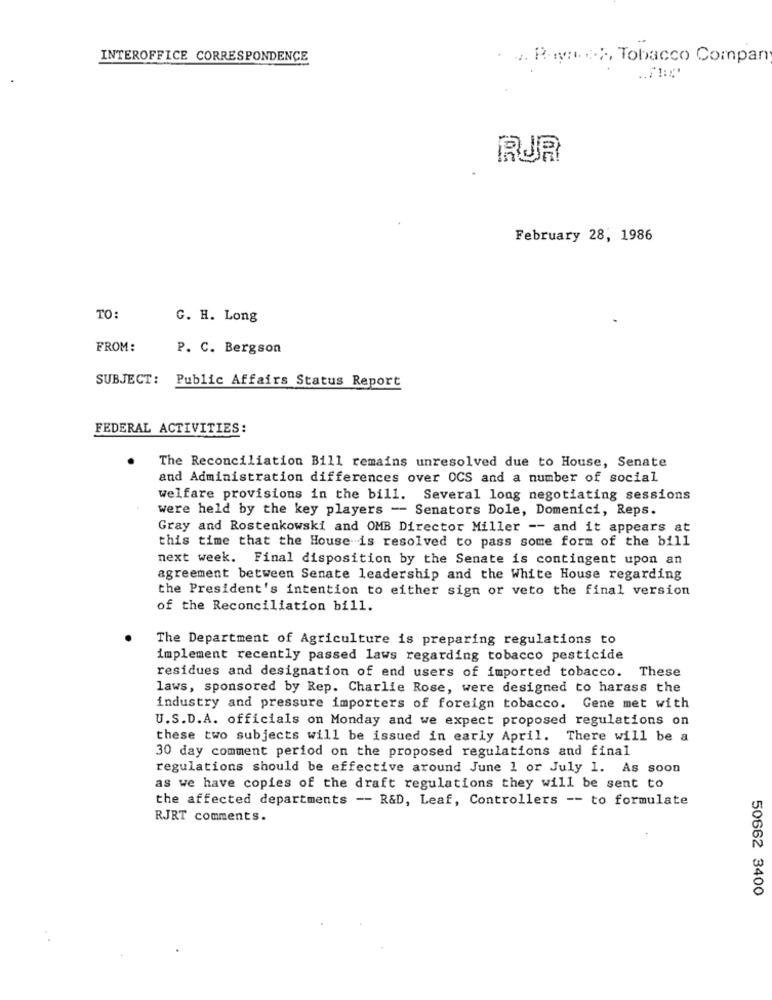
INTEROFFICE CORRESPONDENCE
· J. R.oyn ...., Tobacco Compan
RUR
February 28, 1986
TO:
G. H. Long
FROM:
P. C. Bergson
SUBJECT: Public Affairs Status Report
FEDERAL ACTIVITIES:
The Reconciliation Bill remains unresolved due to House, Senate
and Administration differences over OCS and a number of social
welfare provisions in the bill. Several long negotiating sessions
were held by the key players - Senators Dole, Domenici, Reps.
Gray and Rostenkowski and OMB Director Miller -- and it appears at
this time that the House is resolved to pass some form of the bill
next week. Final disposition by the Senate is contingent upon an
agreement between Senate leadership and the White House regarding
the President's intention to either sign or veto the final version
of the Reconciliation bill.
The Department of Agriculture is preparing regulations to
implement recently passed laws regarding tobacco pesticide
residues and designation of end users of imported tobacco. These
laws, sponsored by Rep. Charlie Rose, were designed to harass the
industry and pressure importers of foreign tobacco. Gene met with
U.S.D.A. officials on Monday and we expect proposed regulations on
these two subjects will be issued in early April. There will be a
30 day comment period on the proposed regulations and final
regulations should be effective around June 1 or July 1. As soon
as we have copies of the draft regulations they will be sent to
the affected departments -- R&D, Leaf, Controllers -- to formulate
RJRT comments.
50662 3400